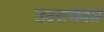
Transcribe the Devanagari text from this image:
उदराजवळ